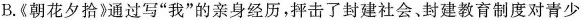
B.《朝花夕拾》通过写”我”的亲身经历，抨击了封建社会、封建教育制度对青少